Vital statistics of India. Vol. VI, European troops 1870-79
Year: 1870
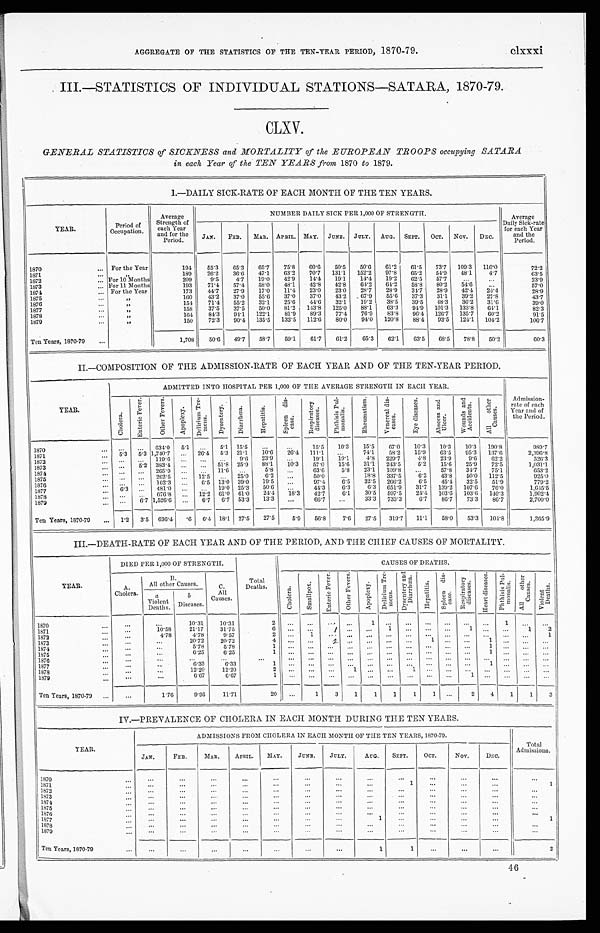
AGGREGATE OF THE STATISTICS OF THE TEN-YEAR PERIOD, 1870-79.
clxxxi
III.—STATISTICS OF INDIVIDUAL STATIONS—SATARA, 1870-79.
CLXV.
GENERAL STATISTICS of SICKNESS and MORTALITY of the EUROPEAN TROOPS occupying SATARA
in each Year of the TEN YEARS from 1870 to 1879.
I.—DAILY SICK-RATE OF EACH MONTH OF THE TEN YEARS.
YEAR.
Period of
Occupation.
Average
Strength of
each Year
and for the
Period.
NUMBER DAILY SICK PER 1,000 OF STRENGTH.
Average
Daily Sick-rate
for each Year
and the
Period.
JAN. FEB. MAR. APRIL. MAY. JUNE. JULY. AUG. SEPT. OCT. NOV. DEC.
1870
For the Year
194
55.3
65.3
65.7
75.8 60.6
50.5
50.6
61.2 61.5 73.7 109.3
1 1 6 . 0 72.2
1871
" 189
26.2
36.6
47.1
63.2
70.7 131.1 152.2
97.8
6 5 . 2
5 4 . 9
48.1
4 . 7
63.5
1872
For 10 Months
209
9 . 5
4.7 19.0
42.9
14.4
19.1
14.4 19.2 62.5 57.7
...
...
23.9
1873
For 11 Months
193
71.4
5 7 . 4
58.0
48.1
42.8 42.8
64.2
6 4 . 2
58.8 80.2
54.6
. . .
57.0
1874
For the Year
173
44.7
27.9
17.0
11.4
23.0
23.0
28.7
28.9
3 4 . 7
28.9 42.4
2 4 . 4
28.9
1875
" 160
43.2
37.0
55.6
37.0
37.0
43.2
67.9
55.6 37.3 31.1
39.2 27.8
43.7
1876
"
1 5 4
71.4 55.2 32.1
25.6
44.6
32.1
19.2
38.5 39.5 48.3 36.2 31.6
3 9 . 0
1877
"
158
37.5
37.5
50.0
81.2 143.8 125.0
88.1
63.3 91.9 101.3 133.8 61.1
82.3
"
1 6 4
84.3
9 4 . 1
122.1
81.9
89.3
77.4
76.9
83.8
9 6 . 4
126.7
1 3 5 . 7
60.2
91.5
1879
" 150
7 2 . 3
90.4 135.5 132.5
1 1 2 . 6
80.0
94.0 120.8
88.4 93.5 124.1 104.2
106.7
Ten Years, 1870-79
1,708
50.6 49.7
58.7
59.1
61.7
61.2
65.3
62.1
63.5
6 8 . 5
78.8 50.2
60.3
II.—COMPOSITION OF THE ADMISSION-RATE OF EACH YEAR AND OF THE TEN-YEAR PERIOD.
YEAR.
ADMITTED INTO HOSPITAL PER 1,000 OF THE AVERAGE STRENGTH IN EACH YEAR.
Admission-
rate of each
Year and of
the Period.
C h o l e r a .
E n t e r i c F e v e r .
O t h e r F e v e r s .
A p o p l e x y .
D e l l r i u m T r e -
m e n s .
D y s e n t e r y .
D i a r r h œ a .
H e p a t i t i s .
S p l e e n d i s -
c a s e .
R e s p i r a t o r y
d i s e a s e s .
P h t h i s i s P u l -
m o n a l i s .
R h e u m a t i s m .
V e n e r e a l d i s -
e a s e s .
E y e d i s e a s e s .
A b s c e s s a n d
U l c e r .
W o u n d s a n d
A c c i d e n t s .
A l l o t h e r
C a u s e s .
1 8 7 0
. . .
. . .
634.0 5.1 ...
5.1 15.5
. . .
...
15.5
10.3
15.5
67.0
10.3
10.3
10.3 190.8
989.7
1871
5 . 3
5.3 1,740.7 ...
2 6 . 4
5.3 21.1
1 0 . 6
26.4 111.1
. . .
74.1
58.2
15.9
63.5
95.3 137.6
2,396.8
1872
. . .
. . .
1 1 9 . 6
...
. . .
...
9 . 6
2 3 . 6
. . .
1 9 . 1
1 9 . 1
4 . 8
229.7
4 . 8
23.9
9.6
6 2 . 2
526.3
1873
. . .
5.2
3 8 3 . 4
... ...
5 1 . 8
2 5 . 9
8 8 . 1
1 0 . 3
57.0
1 5 . 6
3 1 . 1
243.5
5 . 2
1 5 . 6
25.9
7 2 . 5
1 , 0 3 1 . 1
1874
. . .
... 265.9 ... ...
1 1 . 6
...
2.5.0
5.8 ...
63.6
5.8
23.1 109.8
...
57.8
34.7
75.1
653.2
1975
. . . . . .
. . . . . .
262.5 ... 12.5 ..
2 5 . 0
6.2
. . .
50.0
. . . . . .
18.8 337.5
6.2
43.8
50.0 112.5
925.0
1876
. . .
. . .
162.3
. . .
6.5 13.0 39.0 19.5
. . .
97.4
6.5
32.5 266.2
6.5
45.4 32.5
51.9
779.2
1877
6 . 3
... 481.0
676.8
. . .
...
12'2
19.0
61.0
25.3
61.0
50.6
24.4
. . .
44.3
4 2 . 7
6.3
6.1
6 . 3
30.5
651.9
597.5
31.7 139.2
1 0 3 . 6
107.6
103.6
7 6 . 0
1,645.5
1878
....
. . . . . . 6 7 6 . 8
. . .
1 2 . 2
6 1 . 0
6 1 . 0
2 4 . 4
1 8 . 3
4 2 . 7
6 . 1
3 0 . 5
5 9 7 . 5
2 4 . 4
1 0 3 . 6
1 0 3 . 6
140.3
1,902.4
1879
. . .
6.7 1,526.6
. . .
6.7 6.7 53.3 13.3
...
66.7 ...
33.3 733.3
6.7 86.7
73.3
86.7
2,700.0
Ten Years, 1870-79
1.2 3.5 636.4 .6 6.4 18.1 27.5 27.5
5.9
56.8
7.6 27.5 319.7 11.1
58.0
53.3 104.8
1,365.9
III.—DEATH-RATE OF EACH YEAR AND OF THE PERIOD, AND THE CHIEF CAUSES OF MORTALITY.
YEAR.
DIED PER 1,000 OF STRENGTH.
Total
Deaths.
CAUSES OF DEATHS.
A.
Cholera.
B.
All other Causes.
C.
All
Causes.
C h o l e r a .
S m a l l p o x .
E n t e r i c F e v e r .
O t h e r F e v e r s .
A p o p l e x y .
D e l i r i u m T r e -
m e n s .
D y s e n t e r y a n d
D i a r r h œ a .
H e p a t i t i s .
S p l e e n d i s -
e a s e .
R e s p i r a t o r y
d i s e a s e s .
H e a r t d i s e a s e s .
P h t h i s i s P u l -
m o n a l i s .
A l l o t h e r
C a u s e s .
V i o l e n t D e a t h s .
a
Violent
D e a t h s .
b
D i s e a s e s .
1870
. . .
...
1 0 . 3 1
1 0 . 3 1
2
. . .
...
...
. . .
1
. . .
. . .
. . .
. . .
. . .
. . .
1
. . .
. . .
1871
. . .
10.58
21.17
31.75
6
. . .
. . .
1 . . .
. . .
1
. . .
. . .
. . .
1
. . .
. . .
1
2
1872
...
4.78
4.78
9 . 5 7
2 . . .
1
. . .
...
. . .
. . .
. . .
. . .
... ...
. . . ...
. . .
1
1873
...
...
2 0 . 7 2
2 0 . 7 2
4
...
...
2 . . .
... ...
. . .
1
. . .
. . .
1
. . .
. . .
...
1874
...
. . . 5.78
5.78
1
1
. . .
...
...
. . .
... ...
. . .
...
. . .
. . .
1 ...
. . .
. . .
1875
...
. . .
6.25
6.25
1
...
. . .
. . .
...
. . .
...
. . .
...
. . .
. . .
1
. . .
. . .
. . .
1876
. . .
...
. . .
. . . . . .
. . .
...
. . .
... ...
. . .
...
... ...
. . .
. . . . . .
...
...
...
1877
. . .
. . .
6 . 3 3
6 . 3 3
1
. . .
. . .
. . .
. . .
. . . . . .
. . .
. . .
. . . . . .
1 . . .
...
...
1878
...
...
12.20
12.20
2
. . .
. . .
. . .
1
...
. . .
1
... ...
. . .
...
...
. . .
...
1879
...
...
...
6.67
6 . 6 7
1
. . .
. . .
. . .
. . .
. . .
. . .
. . .
. . .
. . . 1
. . . . . .
. . .
. . .
Ten Years, 1870-79
...
1 . 7 6
9.95
11.71
20 ...
1
3
1
1
1
1
1
...
2
4
1
1
3
IV.—PREVALENCE OF CHOLERA IN EACH MONTH DURING THE TEN YEARS.
YEAR.
ADMISSIONS FROM CHOLERA IN EACH MONTH OF THE TEN YEARS, 1870-79.
Total
A d m i s s i o n s .
J A N .
F E B .
M A R .
A P R I L .
M A Y .
J U N E .
J U L Y .
A U G .
S E P T .
O C T .
N O V .
D E C .
1 8 7 0 . . .
. . .
...
...
. . .
. . .
...
...
...
...
...
...
...
...
...
. . .
...
. . .
. . .
. . .
1 8 7 1
. . .
. . .
. . .
. . .
. . .
. . .
...
. . .
. . .
...
1
. . .
. . .
. . .
1
1872
. . .
. . .
. . .
. . .
. . .
. . .
. . .
. . .
. . .
. . .
. . .
. . .
. . .
1873
. . . . .
. . .
. . .
. . .
. . .
. . .
. . .
. . .
...
...
...
. . . . . .
. . .
. . . . . .
. . .
. . .
. . .
1 8 7 4 . . . .
. . .
. . .
. . .
. . .
. . .
. . .
. . . . . .
...
...
...
...
...
. . .
. . .
. . .
. . .
. . .
1875
. . .
. . .
. . .
. . .
. . .
. . .
. . .
. . .
...
...
...
...
. . .
. . .
. . .
1 8 7 6 . . .
...
. . .
...
...
. . .
. . .
. . .
. . .
. . .
...
...
. . .
. . .
1877
. . .
. . .
. . .
. . .
. . .
...
. . .
1
...
...
. . .
. . .
1
1 8 7 8 . . .
. . .
. . .
. . .
...
. . .
...
...
...
. . .
...
...
...
...
. . .
...
. . .
. . .
1 8 7 9 . . .
. . .
. . .
. . .
. . .
. . .
. . .
. . .
. . .
. . .
. . .
. . .
. . .
Ten Years, 1870-79
. . .
. . .
. . .
. . .
. . .
. . .
. . .
1
1
. . .
. . .
. . .
2
46